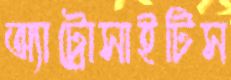
অ্যাট্রোসাইটিস